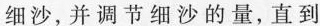
细沙，并调节细沙的量，直到